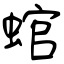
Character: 䗆